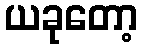
ယခုတော့